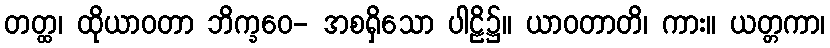
တတ္ထ၊ ထိုယာဝတာ ဘိက္ခဝေ- အစရှိသော ပါဠိ၌။ ယာဝတာတိ၊ ကား။ ယတ္တကာ၊